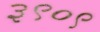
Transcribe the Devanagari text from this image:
३९०९